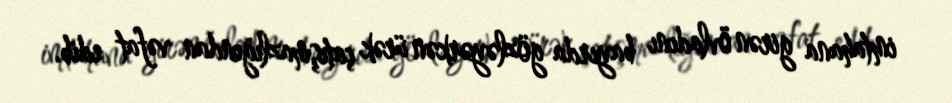
imtahana girən övladını bayırda gözləyərkən ürək çatışmazlığından vəfat edib.